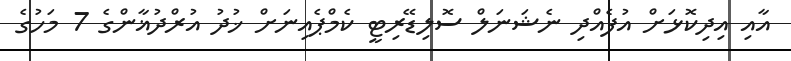
އާއި އިދިކޮޅަށް އުފެއްދި ނެޝަނަލް ސޮލިޑޭރިޓީ ކެމްޕެއިނަށް ޚުދު އުރްދުޣާންގެ 7 މަހުގެ